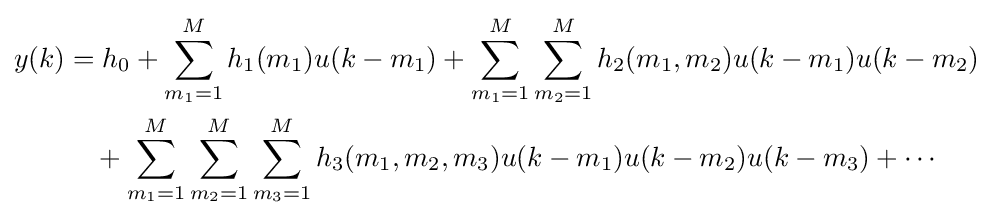
{\begin{aligned}y(k)&=h_{0}+\sum \limits _{m_{1}=1}^{M}h_{1}(m_{1})u(k-m_{1})+\sum \limits _{m_{1}=1}^{M}\sum \limits _{m_{2}=1}^{M}h_{2}(m_{1},m_{2})u(k-m_{1})u(k-m_{2})\\&{}\quad {}+\sum \limits _{m_{1}=1}^{M}\sum \limits _{m_{2}=1}^{M}\sum \limits _{m_{3}=1}^{M}h_{3}(m_{1},m_{2},m_{3})u(k-m_{1})u(k-m_{2})u(k-m_{3})+\cdots \end{aligned}}